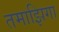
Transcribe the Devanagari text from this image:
तमाझिगा